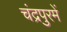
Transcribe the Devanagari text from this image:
चंद्रपुरमें